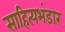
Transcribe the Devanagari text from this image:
साहित्यभंडार